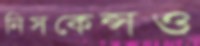
নিসকেন্সও